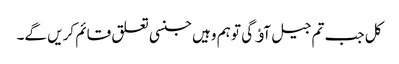
کل جب تم جیل آﺅ گی تو ہم وہیں جنسی تعلق قائم کریں گے۔